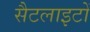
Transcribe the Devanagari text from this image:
सैटलाइटों